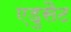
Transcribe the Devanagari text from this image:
एडुसैट